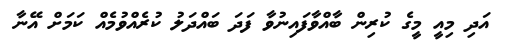
އަދި މިއީ މީގެ ކުރިން ބާއްވާފައިނުވާ ފަދަ ބައްދަލު ކުރެއްވުމެއް ކަމަށް އޭނާ